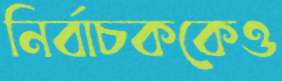
নির্বাচককেও